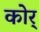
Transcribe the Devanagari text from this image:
कोर्